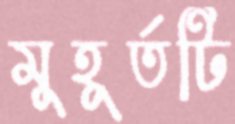
মুহূর্তটি